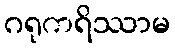
ဂရုကရိဿာမ